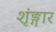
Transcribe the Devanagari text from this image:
शृंङ्गार